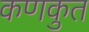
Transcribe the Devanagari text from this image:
कणकुत